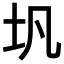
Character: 𪢵